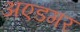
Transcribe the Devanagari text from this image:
अएडगर